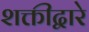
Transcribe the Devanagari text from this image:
शक्तीद्वारे